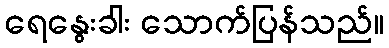
ရေနွေးခါး သောက်ပြန်သည်။